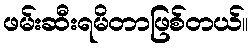
ဖမ်းဆီးရမိတာဖြစ်တယ်။